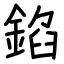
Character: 錎